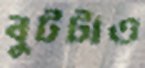
বুটটাও